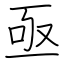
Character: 亟